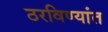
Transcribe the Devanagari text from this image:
ठरविण्यांत